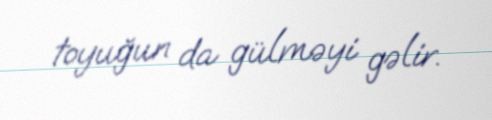
toyuğun da gülməyi gəlir.